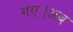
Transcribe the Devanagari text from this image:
गए।अब